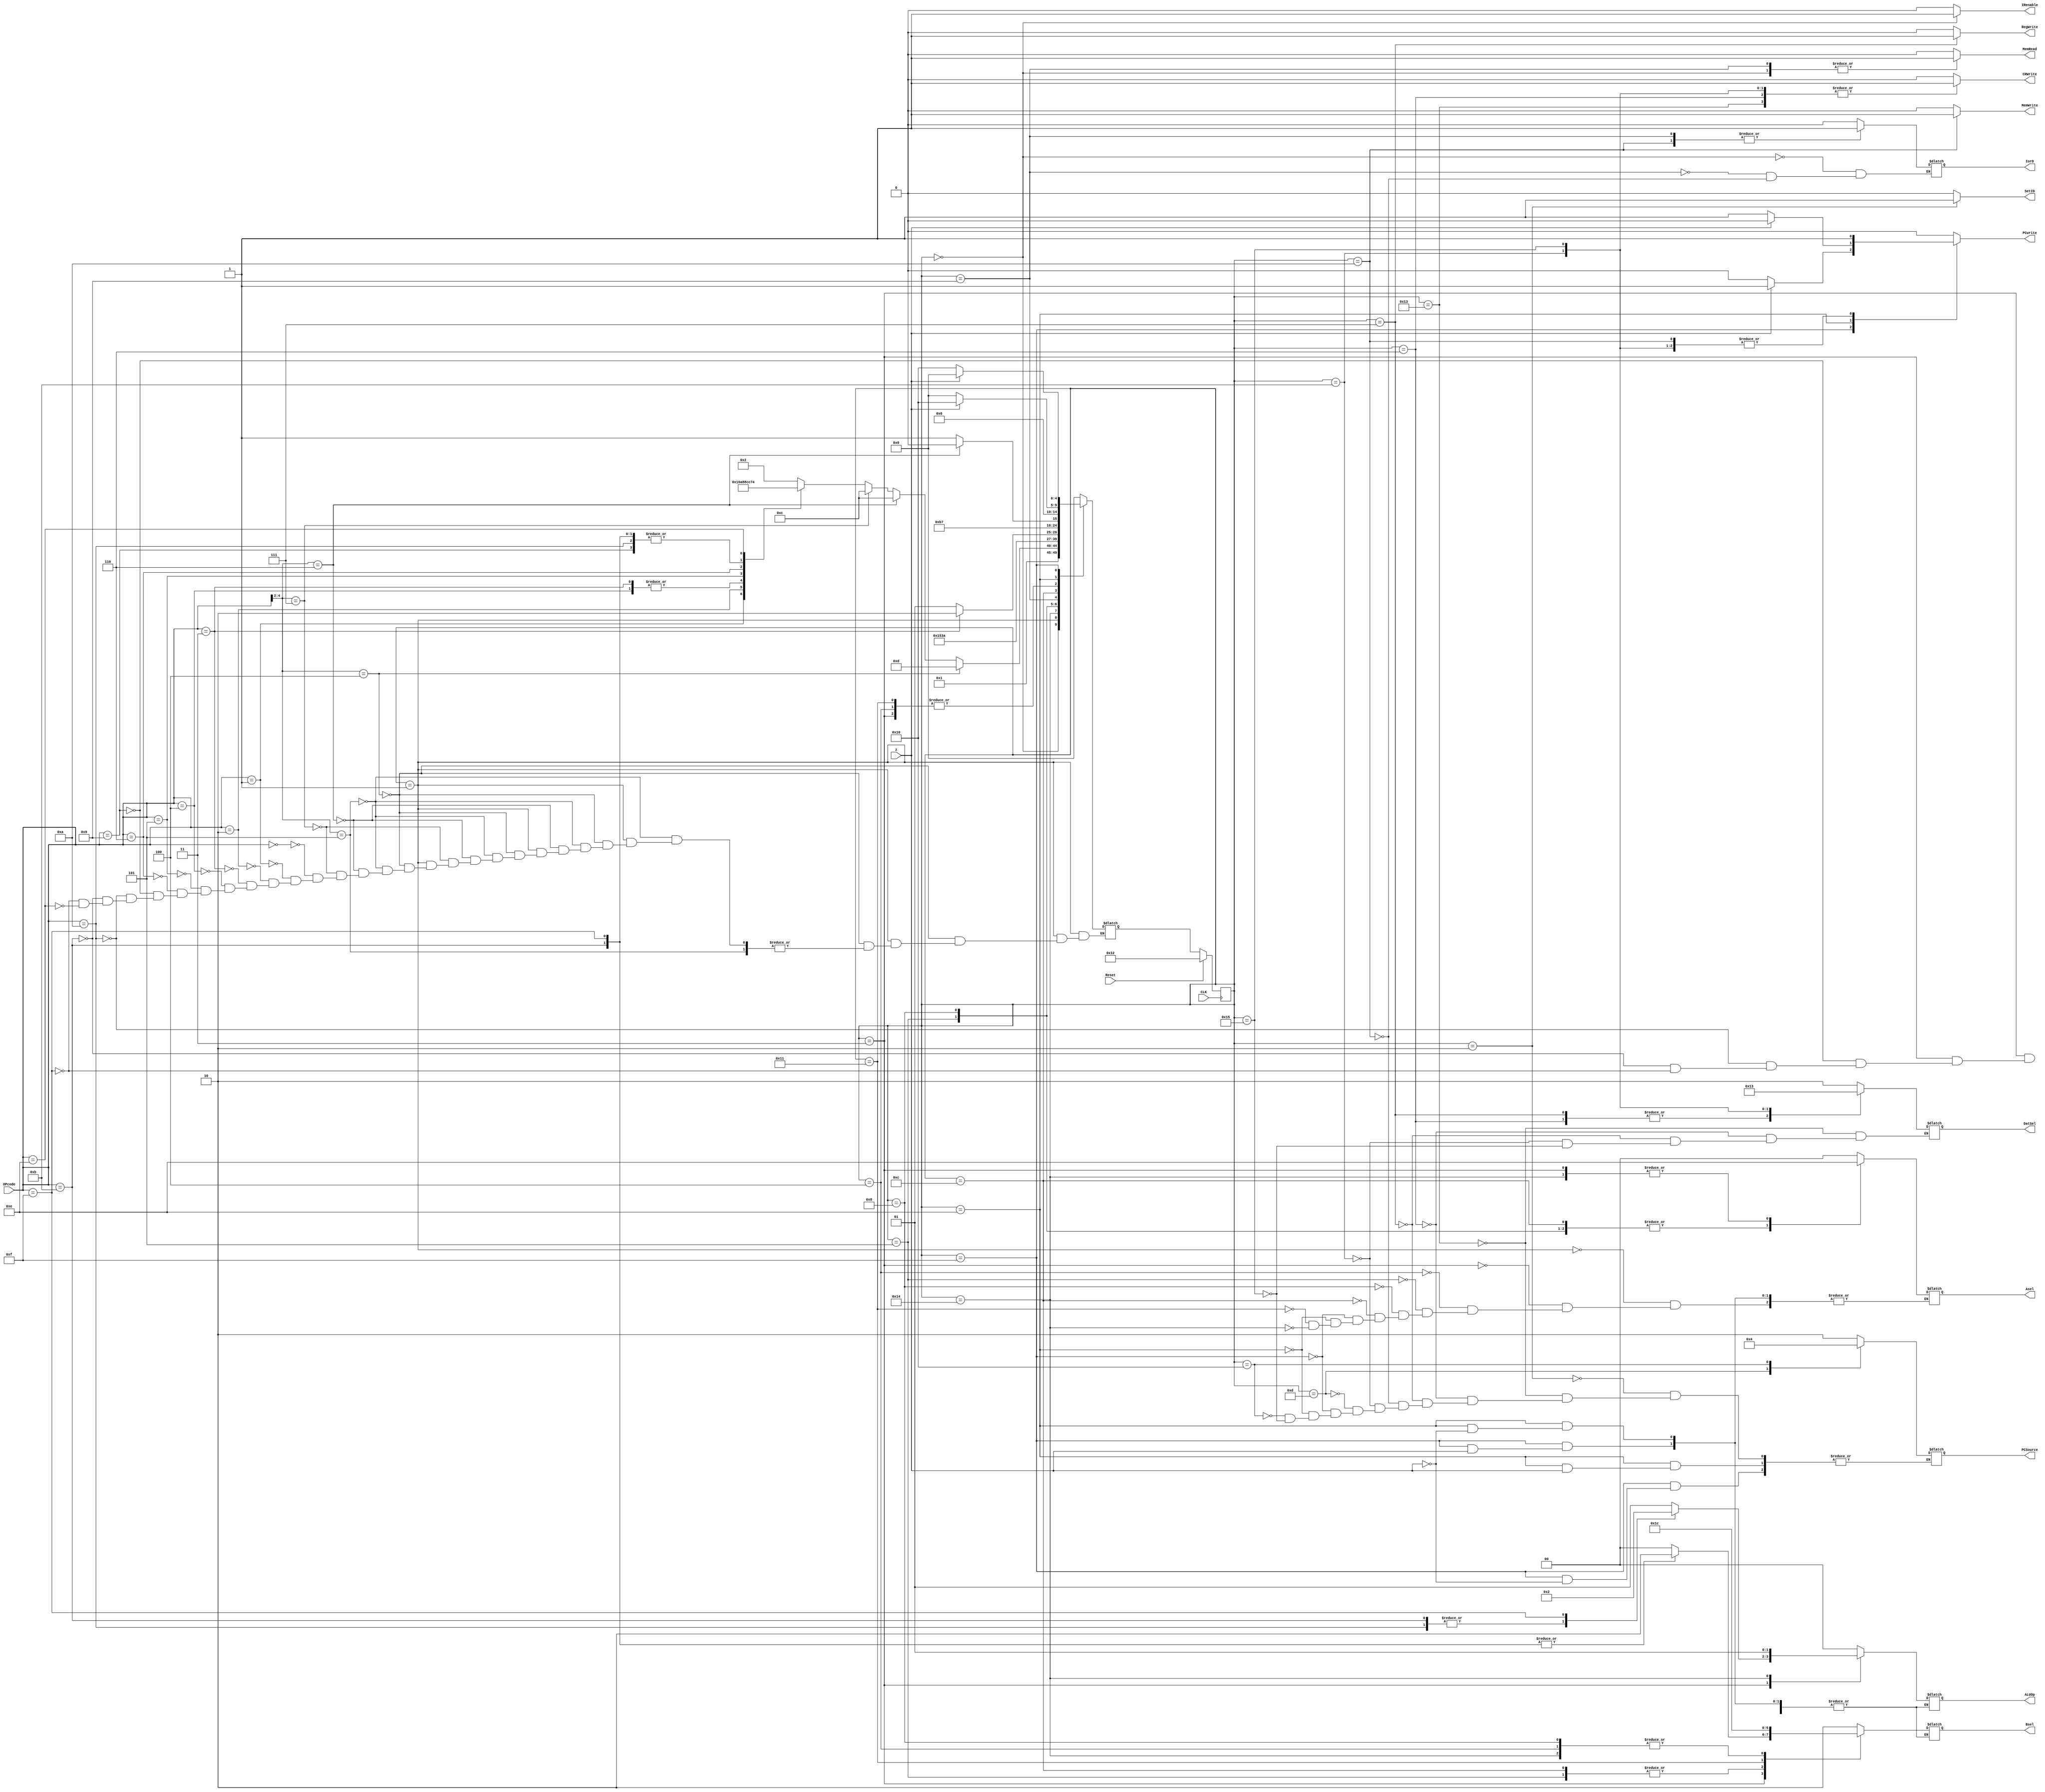
`timescale 1ns / 1ps
//////////////////////////////////////////////////////////////////////////////////
// Company: 
// Engineer: 
// 
// Design Name: 
// Module Name:    Control 
// Project Name: 
// Target Devices: 
// Tool versions: 
// Description: 
//
// Dependencies: 
//
// Revision: 
// Revision 0.01 - File Created
// Additional Comments: 
//
//////////////////////////////////////////////////////////////////////////////////
module Control(
    input [4:0] OPcode,
	 input CLK,
	 input Reset,
	 input z,
    output reg[1:0] PCSource,
    output reg IorD,
    output reg IRenable,
    output reg SetID,
    output reg CRWrite,
    output reg RegWrite,
    output reg [1:0] ALUOp,
    output reg [1:0] Asel,
    output reg [1:0] Bsel,
    output reg MemWrite,
	 output reg MemRead,
	 output reg PCwrite,
	 output reg [1:0]DatSel
    );

//state flipflops
reg [4:0] currentState;
reg [4:0] nextState;

//state definitions
parameter Fetch = 0;
parameter Decode = 1;
parameter Mov = 2;
parameter CRop = 3;
parameter Set = 4;
parameter SetC = 5;
parameter WriteCr = 6;
parameter WriteRegFile = 7;
parameter Mem = 8;
parameter Lw = 9;
parameter Sw = 10;
parameter LwWriteBack = 11;
parameter Branch = 12;
parameter Jump = 13;
parameter BEQ = 14;
parameter BNE = 15;
parameter BranchTaken = 16;
parameter SetPC = 17;
parameter ResetState = 18;
parameter Input = 19;
parameter Slt = 20;
parameter SltWrite = 21;
	
	always @(posedge CLK)
	begin
		if(Reset == 1) begin
			currentState = ResetState;
		end
		else begin
		currentState = nextState;
		end
	end
	
	// Determines what signals to send depending on current state
	always @(currentState)
	begin
		// set default signals that cant be dont cares
		CRWrite = 0;
		MemWrite = 0;
		MemRead = 0;
		RegWrite = 0;
		IRenable = 0;
		SetID = 0;
		PCwrite = 0;
		
		case(currentState)
		Fetch:
			begin
				IorD = 0;
				IRenable = 1;
				MemRead = 1;
			end
		Decode:
			begin
				Asel = 0;
				Bsel = 2;
				ALUOp = 0;
			end
		Mov:
			begin
				SetID=1;
				PCSource = 2;
				PCwrite = 1;
			end
		Input:
			begin
				DatSel = 2;
				CRWrite = 1;
				PCSource = 2;
				PCwrite =1;
			end
		CRop:
			begin
				Asel = 2; // always select CR for CoolReg/accumulator ops
				case(OPcode) // determines what op happens to Cr
				5'b01001: // Sub
					begin
					Bsel = 0;
					ALUOp = 1;
					end
				5'b01010: // Add
					begin
						Bsel = 0;
						ALUOp = 0;
					end
				5'b01011: // Add immediate
					begin
						Bsel = 2;
						ALUOp = 0;
					end
				5'b01111: // shift left
					begin
						Bsel = 2;
						ALUOp = 2;
					end
				endcase
			end
		Set:
			begin
				Asel = 3;
				Bsel = 0;
				ALUOp = 0;
			end
		SetC:
			begin
				Asel = 3;
				Bsel = 1;
				ALUOp = 0;
			end
		WriteCr:
			begin
				DatSel = 1;
				CRWrite = 1;
				PCSource = 2;
				PCwrite = 1;
			end
		WriteRegFile:
			begin
				DatSel = 1;
				RegWrite = 1;
				PCSource = 2;
				PCwrite = 1;
			end
		Mem:
			begin
				Asel = 3;
				Bsel = 0;
				ALUOp = 0;
			end
		Lw:
			begin
				MemRead = 1;
				IorD = 1;
			end
		Sw:
			begin
				IorD = 1;
				MemWrite = 1;
				PCSource = 2;
				PCwrite = 1;
			end
		LwWriteBack:
			begin
				CRWrite = 1;
				DatSel = 0;
				PCSource = 2;
				PCwrite = 1;
			end
		Branch:
			begin
				Asel = 3;
				Bsel = 1;
				ALUOp = 0;
			end
		Jump:
			begin
				PCSource = 1;
				PCwrite = 1;
			end
		BNE:
			begin
				if(z != 1) begin
					Asel = 0;
					Bsel = 2;
					ALUOp = 0;
				end
				else begin
					PCSource = 2;
					PCwrite = 1;
				end
			end
		BEQ:
			begin
				if(z == 1) begin
					Asel = 0;
					Bsel = 2;
					ALUOp = 0;
				end
				else begin
					PCSource = 2;
					PCwrite = 1;
				end
			end
		BranchTaken:
			begin
				PCSource = 0;
				PCwrite = 1;
			end
		SetPC:
			begin
				Asel = 0;
				Bsel = 3;
				ALUOp = 0;
			end
		Slt:
			begin
				Asel = 2;
				Bsel = 0;
				ALUOp = 1;
			end
		SltWrite:
			begin
				DatSel = 3;
				CRWrite = 1;
				PCwrite = 1;
				PCSource = 2;
			end
		endcase
	end
	
	//Next state calculations
	always @(currentState)
	begin
		case(currentState)
		Fetch:
			begin
			nextState = Decode;
			end
		Decode:
			begin
				if(OPcode[4:2] == 3'b100)
				begin
					nextState = Jump;
				end
				else if(OPcode[4:2] == 3'b101)
				begin
					// jump and link
				end
				else if (OPcode[4:2] == 3'b110)
				begin
					nextState = Branch;
				end
				else if(OPcode[4:2] == 3'b111)
				begin
					nextState = Branch;
				end
				else
				begin
					case(OPcode)
					5'b00000:
						begin
							nextState = Mov;
						end
					5'b00001:
						begin
							nextState = Set;
						end
					5'b00010:
						begin
							nextState = SetC;
						end
					5'b00011:
						begin
							nextState = Mem;
						end
					5'b00100:
						begin
							nextState = Mem;
						end
					5'b00101:
						begin
							nextState = SetPC;
						end
					5'b00110:
						begin
							nextState = Input;
						end
					5'b01001:
						begin
							nextState = CRop; // sub
						end
					5'b01010:
						begin
							nextState = CRop; // add
						end
					5'b01011:
						begin
							nextState = CRop; // addi
						end
					5'b01111:
						begin
							nextState = CRop;
						end
					5'b01110:
						begin
							nextState = Slt;
						end
					endcase
				end
			end
		Mov:
			begin
			nextState = Fetch;
			end
		Slt:
			begin
				nextState = SltWrite;
			end
		SltWrite:
			begin
				nextState = Fetch;
			end
		CRop:
			begin
				nextState = WriteCr;
			end
		Input:
			begin
				nextState = Fetch;
			end
		Set:
			begin
				nextState = WriteCr;
			end
		SetC:
			begin
				nextState = WriteRegFile;
			end
		WriteCr:
			begin
				nextState = Fetch;
			end
		WriteRegFile:
			begin
				nextState = Fetch;
			end
		Mem:
			begin
				if(OPcode == 5'b00011)
				begin
					nextState = Sw;
				end
				else begin
					nextState = Lw;
				end
			end
		Lw:
			begin
				nextState = LwWriteBack;
			end
		Sw:
			begin
				nextState = Fetch;
			end
		LwWriteBack:
			begin
				nextState = Fetch;
			end
		Branch:
			begin
				if(OPcode[4:2] == 3'b110)
				begin
					nextState = BEQ;
				end
				else begin
					nextState = BNE;
				end
			end
		Jump:
			begin
				nextState = Fetch;
			end
		SetPC:
			begin
				nextState = WriteCr;
			end
		BEQ:		
			begin
				if(z==1) begin
					nextState = BranchTaken;
				end
				else begin
					nextState = Fetch;
				end
			end
		BNE:
			begin
				if(z!=1) begin
					nextState = BranchTaken;
				end
				else begin
					nextState = Fetch;
				end
			end
		BranchTaken:
			begin
				nextState = Fetch;
			end
		ResetState:
			begin
				nextState = Fetch;
			end
		default: // to help the program not get lost
			begin
				nextState = Fetch;
			end
		endcase
	end

endmodule